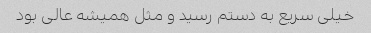
خیلی سریع به دستم رسید و مثل همیشه عالی بود